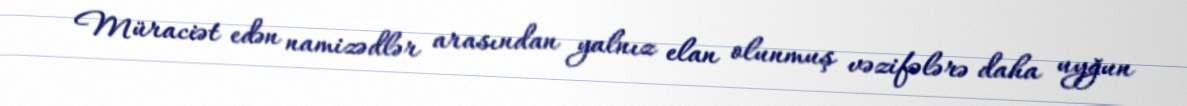
Müraciət edən namizədlər arasından yalnız elan olunmuş vəzifələrə daha uyğun